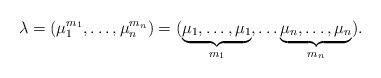
LaTeX: \begin{align*}\lambda= (\mu_1^{m_1}, \dots, \mu_n ^{m_n})=(\underbrace{\mu_1, \dots, \mu_1}_{m_1 }, \dots \underbrace{\mu_n, \dots, \mu_n}_{m_n }).\end{align*}